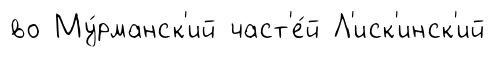
во Му́рманск'ий част'е́й Л'иск'инск'ий